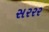
સરરર